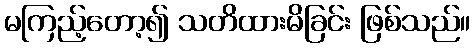
မကြည့်တော့၍ သတိထားမိခြင်း ဖြစ်သည်။